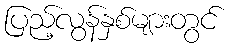
ပြည့်လွန်နှစ်များတွင်